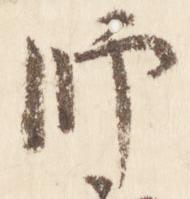
師